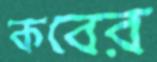
কবের